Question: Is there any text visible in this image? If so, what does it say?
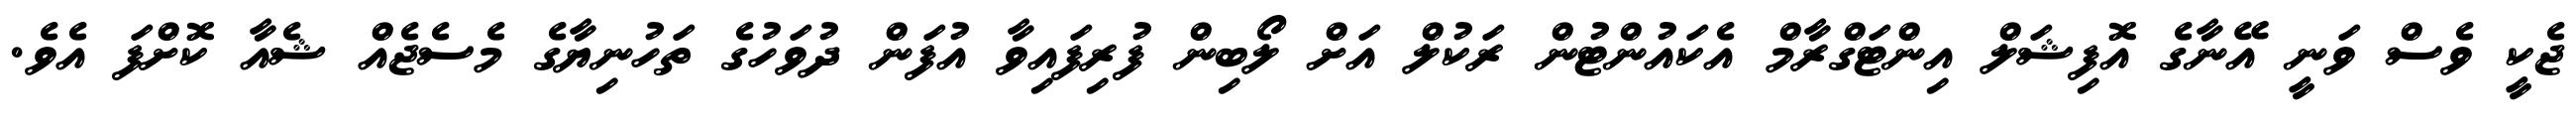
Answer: ޖެކީ ވެސް ވަނީ އޭނާގެ އޮފިޝަލް އިންޓަގްރާމް އެކައުންޓުން ރަކުލް އަށް ލޯބިން ފުރިފައިވާ އުފަން ދުވަހުގެ ތަހުނިޔާގެ މެސެޖެއް ޝެއާ ކޮށްފަ އެވެ.